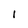
Character: I